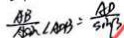
\frac { A B } { A \sin } \angle A O B = \frac { A D } { \sin \beta }